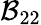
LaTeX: \mathcal{B}_{22}